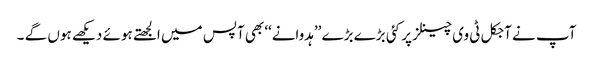
آپ نے آجکل ٹی وی چینلز پر کئی بڑے بڑے ’’ہدوانے‘‘ بھی آپس میں الجھتے ہوئے دیکھے ہوں گے ۔